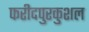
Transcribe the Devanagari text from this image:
फरीदपुरकुशल